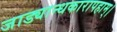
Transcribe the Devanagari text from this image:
जाड्यान्धकारापहाम्‌।